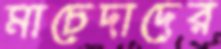
মাচেদাদের